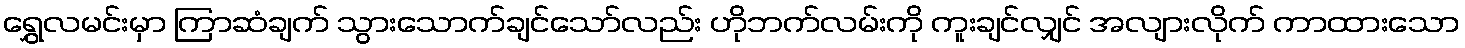
ရွှေလမင်းမှာ ကြာဆံချက် သွားသောက်ချင်သော်လည်း ဟိုဘက်လမ်းကို ကူးချင်လျှင် အလျားလိုက် ကာထားသော